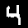
Label: 4